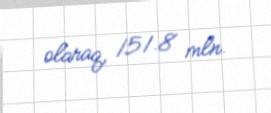
olaraq, 151.8 mln.